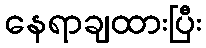
နေရာချထားပြီး